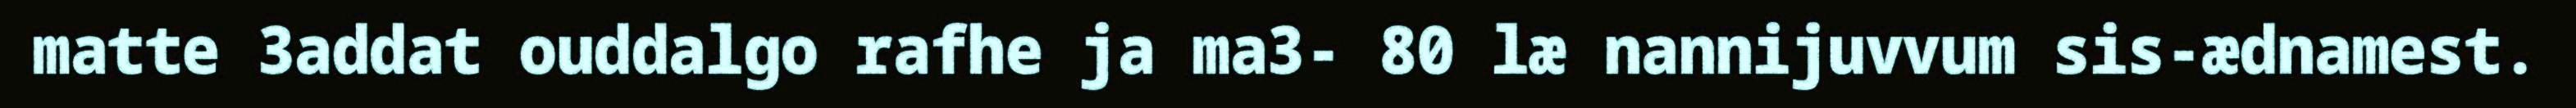
matte 3addat ouddalgo rafhe ja ma3- 80 læ nannijuvvum sis-ædnamest.